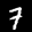
Label: 7